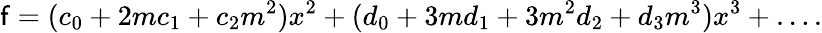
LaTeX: \mathsf{f}=(c_{0}+2mc_{1}+c_{2}m^{2})x^{2}+(d_{0}+3md_{1}+3m^{2}d_{2}+d_{3}m^{3})x^{3}+\dots.